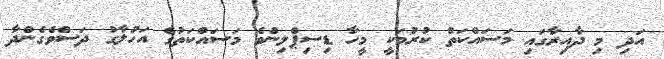
އަދި މި ދާއިރާގައި މަސައްކަތް ކުރުމަކީ މީހާ ޑިސިޕްލިންވެ މަސައްކަތުގެ އަހުލާގު ދަސްވެގެންދާ